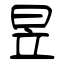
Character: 昱